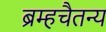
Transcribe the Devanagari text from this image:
ब्रम्हचैतन्य